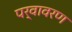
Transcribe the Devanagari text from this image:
पर्वावरण